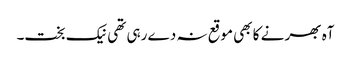
آہ بھر نے کا بھی موقع نہ دے رہی تھی نیک بخت۔